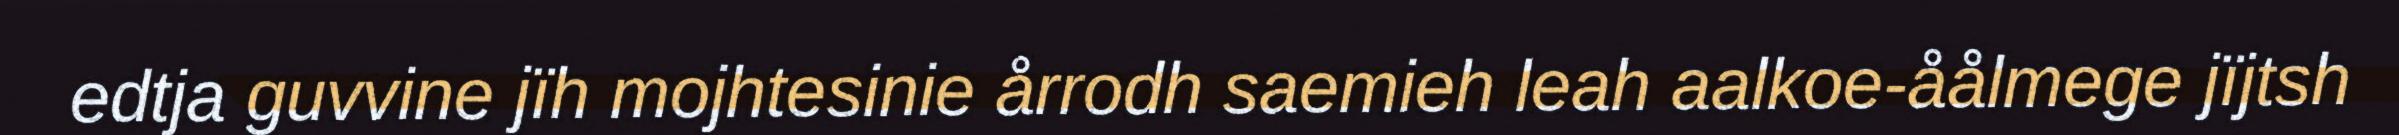
edtja guvvine jïh mojhtesinie årrodh saemieh leah aalkoe-åålmege jïjtsh